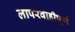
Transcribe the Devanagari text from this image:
लापरवाहीपूर्ण